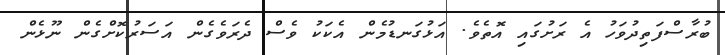
ބުރާސްފަތިދުވަހު އެ ރަށުގައި އޮތެވެ. އަޅުގަނޑުމެން އެކަކު ވެސް ދެރަވެގެން އަސަރުކޮށްގެން ނޫޅެން